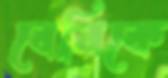
বেরিকে